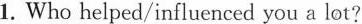
1.Who helped/influenced you a lot?